Scientific memoirs by medical officers of the Army of India - Part V,
Year: 1890
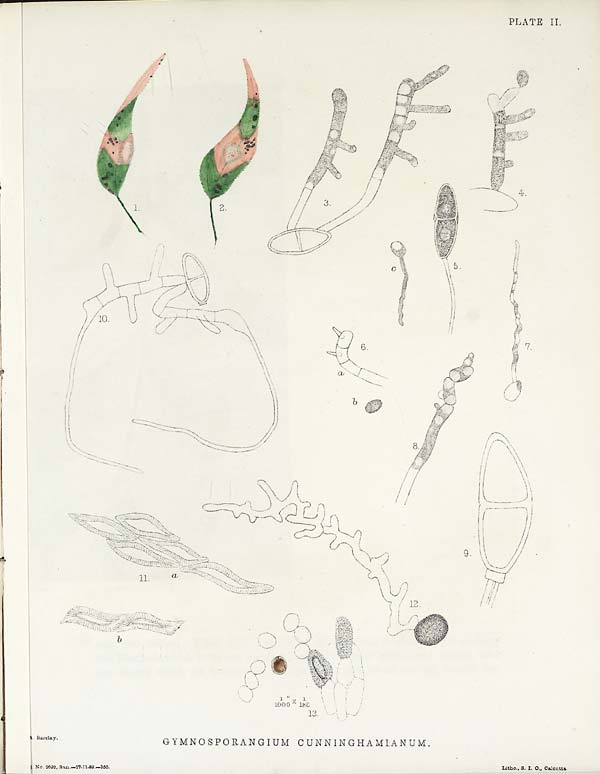
Barclay.
PLATE II.
GYMNOSPORANGIUM CUNNINGHAMIANUM.
No. 2692. Sa n. —27- 11- 89. —350.
Litho., S. I. 0., Cal cut t a. .